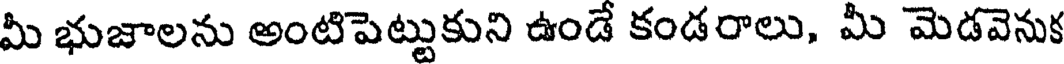
మీ భుజాలను అంటిపెట్టుకుని ఉండే కండరాలు, మీ మెడవెనుక